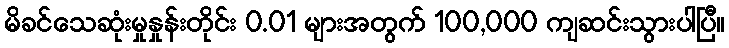
မိခင်သေဆုံးမှုနှုန်းတိုင်း 0.01 များအတွက် 100,000 ကျဆင်းသွားပါပြီ။